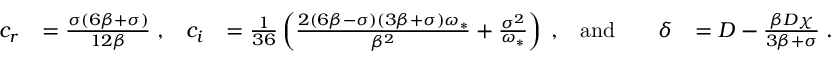
\begin{array} { r l r l r l r l } { c _ { r } } & { = \frac { \sigma ( 6 \beta + \sigma ) } { 1 2 \beta } \; , } & { c _ { i } } & { = \frac { 1 } { 3 6 } \left( \frac { 2 ( 6 \beta - \sigma ) ( 3 \beta + \sigma ) \omega _ { * } } { \beta ^ { 2 } } + \frac { \sigma ^ { 2 } } { \omega _ { * } } \right) \; , } & { \mathrm { a n d } } & { } & { \delta } & { = D - \frac { \beta D \chi } { 3 \beta + \sigma } \; . } \end{array}